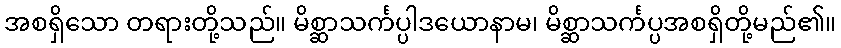
အစရှိသော တရားတို့သည်။ မိစ္ဆာသင်္ကပ္ပါဒယောနာမ၊ မိစ္ဆာသင်္ကပ္ပအစရှိတို့မည်၏။